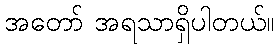
အတော် အရသာရှိပါတယ်။